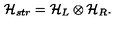
{ \cal H } _ { s t r } = { \cal H } _ { L } \otimes { \cal H } _ { R } .